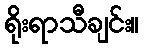
ရိုးရာသီချင်း။